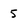
Character: 5